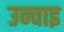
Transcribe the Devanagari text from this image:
उन्चाइ